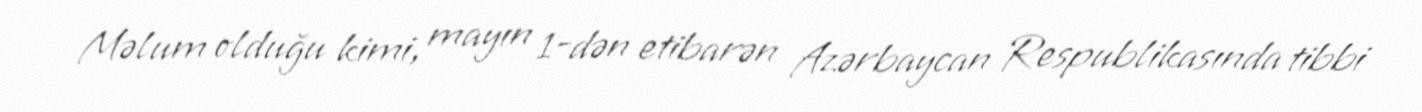
Məlum olduğu kimi, mayın 1-dən etibarən Azərbaycan Respublikasında tibbi